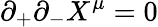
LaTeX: \partial_{+}\partial_{-}X^{\mu}=0